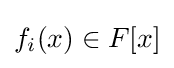
f_{i}(x)\in F[x]